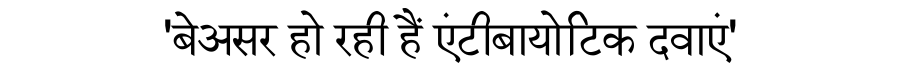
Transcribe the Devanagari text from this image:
'बेअसर हो रही हैं एंटीबायोटिक दवाएं'